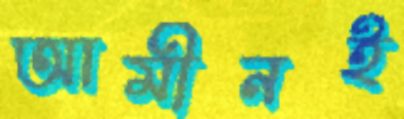
আমীনই